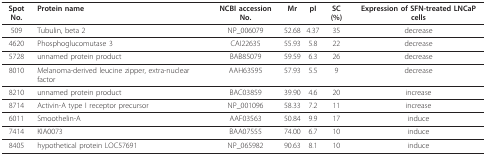
| Spot No. | Protein name | NCBI accession No. | Mr | pI | SC (%) | Expression of SFN-treated LNCaP cells |
 | --- | --- | --- | --- | --- | --- | --- |
 | 509 | Tubulin, beta 2 | NP_006079 | 52.68 | 4.37 | 35 | decrease |
 | 4620 | Phosphoglucomutase 3 | CAI22635 | 55.93 | 5.8 | 22 | decrease |
 | 5728 | unnamed protein product | BAB85079 | 59.59 | 6.3 | 26 | decrease |
 | 8010 | Melanoma-derived leucine zipper, extra-nuclear factor | AAH63595 | 57.93 | 5.5 | 9 | decrease |
 | 8210 | unnamed protein product | BAC03859 | 39.90 | 4.6 | 20 | increase |
 | 8714 | Activin-A type I receptor precursor | NP_001096 | 58.33 | 7.2 | 11 | increase |
 | 6011 | Smoothelin-A | AAF03563 | 50.84 | 9.9 | 17 | induce |
 | 7414 | KIA0073 | BAA07555 | 74.00 | 6.7 | 10 | induce |
 | 8405 | hypothetical protein LOC57691 | NP_065982 | 90.63 | 8.1 | 10 | induce |